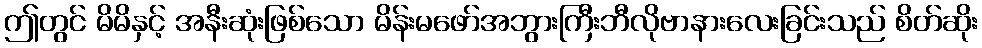
ဤတွင် မိမိနှင့် အနီးဆုံးဖြစ်သော မိန်းမဖော်အဘွားကြီးဘီလိုဗာနားလေးခြင်းသည် စိတ်ဆိုး